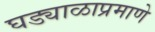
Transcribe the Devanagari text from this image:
घड्याळाप्रमाणे